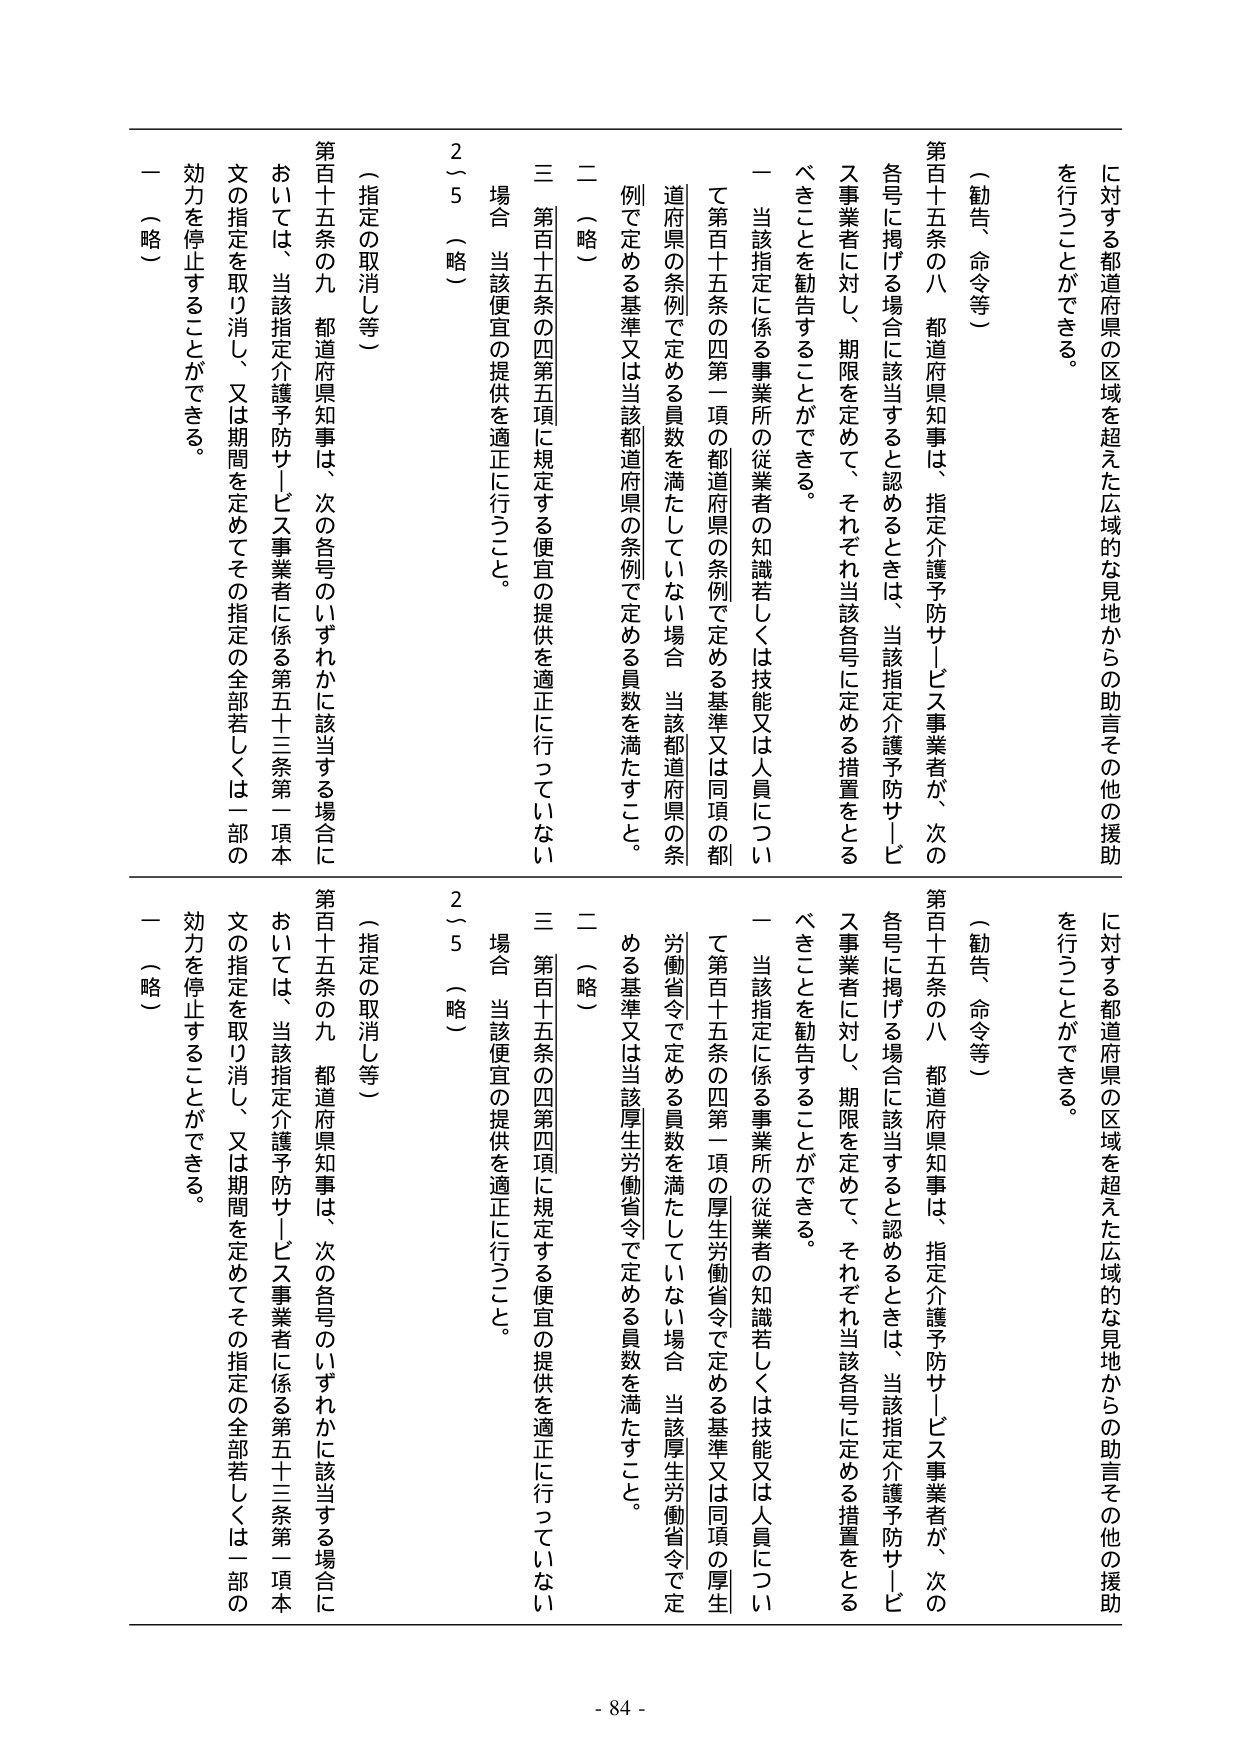
に対する都道府県の区域を超えた広域的な見地からの助言その他の援助を行うことができる。

（勧告、命令等）

第百十五条の八 都道府県知事は、指定介護予防サービス事業者が、次の各号に掲げる場合に該当すると認めるときは、当該指定介護予防サービス事業者に対し、期限を定めて、それぞれ当該各号に定める措置をとるべきことを勧告することができる。

一 当該指定に係る事業所の従業者の知識若しくは技能又は人員について第百十五条の四第一項の都道府県の条例で定める基準又は同項の都道府県の条例で定める員数を満たしていない場合 当該都道府県の条例で定める基準又は当該都道府県の条例で定める員数を満たすこと。

二 （略）

三 第百十五条の四第五項に規定する便宜の提供を適正に行っていない場合 当該便宜の提供を適正に行うこと。

2～5 （略）

（指定の取消し等）

第百十五条の九 都道府県知事は、次の各号のいずれかに該当する場合においては、当該指定介護予防サービス事業者に係る第五十三条第一項本文の指定を取り消し、又は期間を定めてその指定の全部若しくは一部の効力を停止することができる。

一 （略）

に対する都道府県の区域を超えた広域的な見地からの助言その他の援助を行うことができる。

（勧告、命令等）

第百十五条の八 都道府県知事は、指定介護予防サービス事業者が、次の各号に掲げる場合に該当すると認めるときは、当該指定介護予防サービス事業者に対し、期限を定めて、それぞれ当該各号に定める措置をとるべきことを勧告することができる。

一 当該指定に係る事業所の従業者の知識若しくは技能又は人員について第百十五条の四第一項の厚生労働省令で定める基準又は同項の厚生労働省令で定める員数を満たしていない場合 当該厚生労働省令で定める基準又は当該厚生労働省令で定める員数を満たすこと。

二 （略）

三 第百十五条の四第四項に規定する便宜の提供を適正に行っていない場合 当該便宜の提供を適正に行うこと。

2～5 （略）

（指定の取消し等）

第百十五条の九 都道府県知事は、次の各号のいずれかに該当する場合においては、当該指定介護予防サービス事業者に係る第五十三条第一項本文の指定を取り消し、又は期間を定めてその指定の全部若しくは一部の効力を停止することができる。

一 （略）

- 84 -